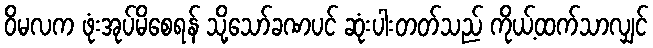
ဝိမလက ဖုံးအုပ်မိစေရန် သို့သော်ခဏပင် ဆုံးပါးတတ်သည် ကိုယ့်ထက်သာလျှင်